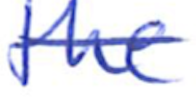
Text: the
Cross-out: single-line
Writing tool: ballpoint